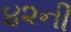
૪૨ની